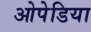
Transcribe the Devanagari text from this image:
ओपेडिया